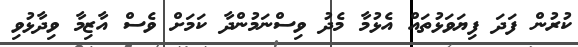
ކުރުން ފަދަ ފިޔަވަޅުތައް އެޅުމާ މެދު ވިސްނަމުންދާ ކަމަށް ވެސް އާޒިމާ ވިދާޅުވި